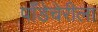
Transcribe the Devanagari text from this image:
पाँडेचेरीला